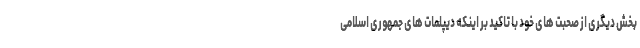
بخش دیگری از صحبت های خود با تاکید بر اینکه دیپلمات های جمهوری اسلامی